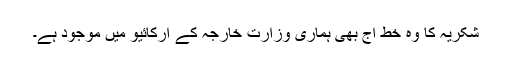
شکریہ کا وہ خط آج بھی ہماری وزارت خارجہ کے آرکائیو میں موجود ہے۔